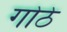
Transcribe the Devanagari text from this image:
गोठे